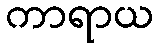
ကာရာယ